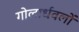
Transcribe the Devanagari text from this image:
गोलार्धवलों